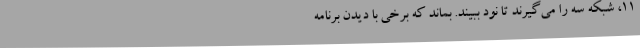
11، شبکه سه را می‌گیرند تا نود ببیند. بماند که برخی با دیدن برنامه